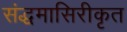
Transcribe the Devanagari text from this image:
संद्धमासिरीकृत